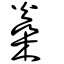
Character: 燊